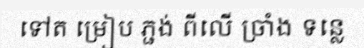
ទៅត ម្រៀប ភ្ជង់ ពីលើ ច្រាំង ទន្លេ